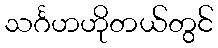
သင်္ဂဟဟိုတယ်တွင်